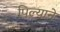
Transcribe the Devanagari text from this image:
पिल्याने